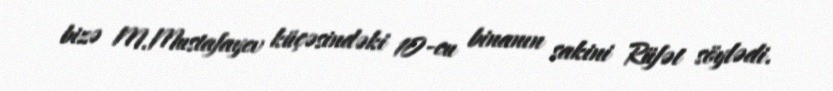
bizə M.Mustafayev küçəsindəki 10-cu binanın sakini Rüfət söylədi.